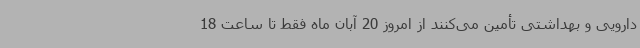
دارویی و بهداشتی تأمین می‌کنند از امروز 20 آبان ماه فقط تا ساعت 18